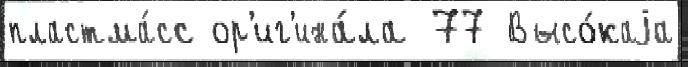
пластма́сс ор'иг'ина́ла 77 Высо́каjа